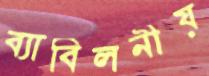
ব্যাবিলনীয়